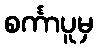
စင်္ကာပူမှ